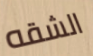
الشقه